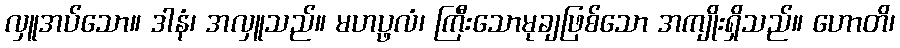
လှူအပ်သော။ ဒါနံ၊ အလှူသည်။ မဟပ္ဖလံ၊ ကြီးသောမုချဖြစ်သော အကျိုးရှိသည်။ ဟောတိ၊